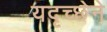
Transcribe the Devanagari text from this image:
यदृच्छेने